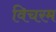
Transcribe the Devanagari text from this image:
विचरम